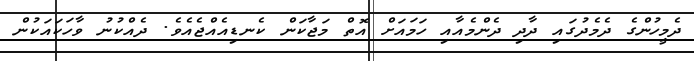
ދެމީހުންގެ ދެމެދުގައި ދާދި ދެންމެއާއި ހަމައަށް އޮތް މަޖާކަން ކެނޑިއެއްޖެއެވެ. ދެއްކުނު ވާހަކައަކުން